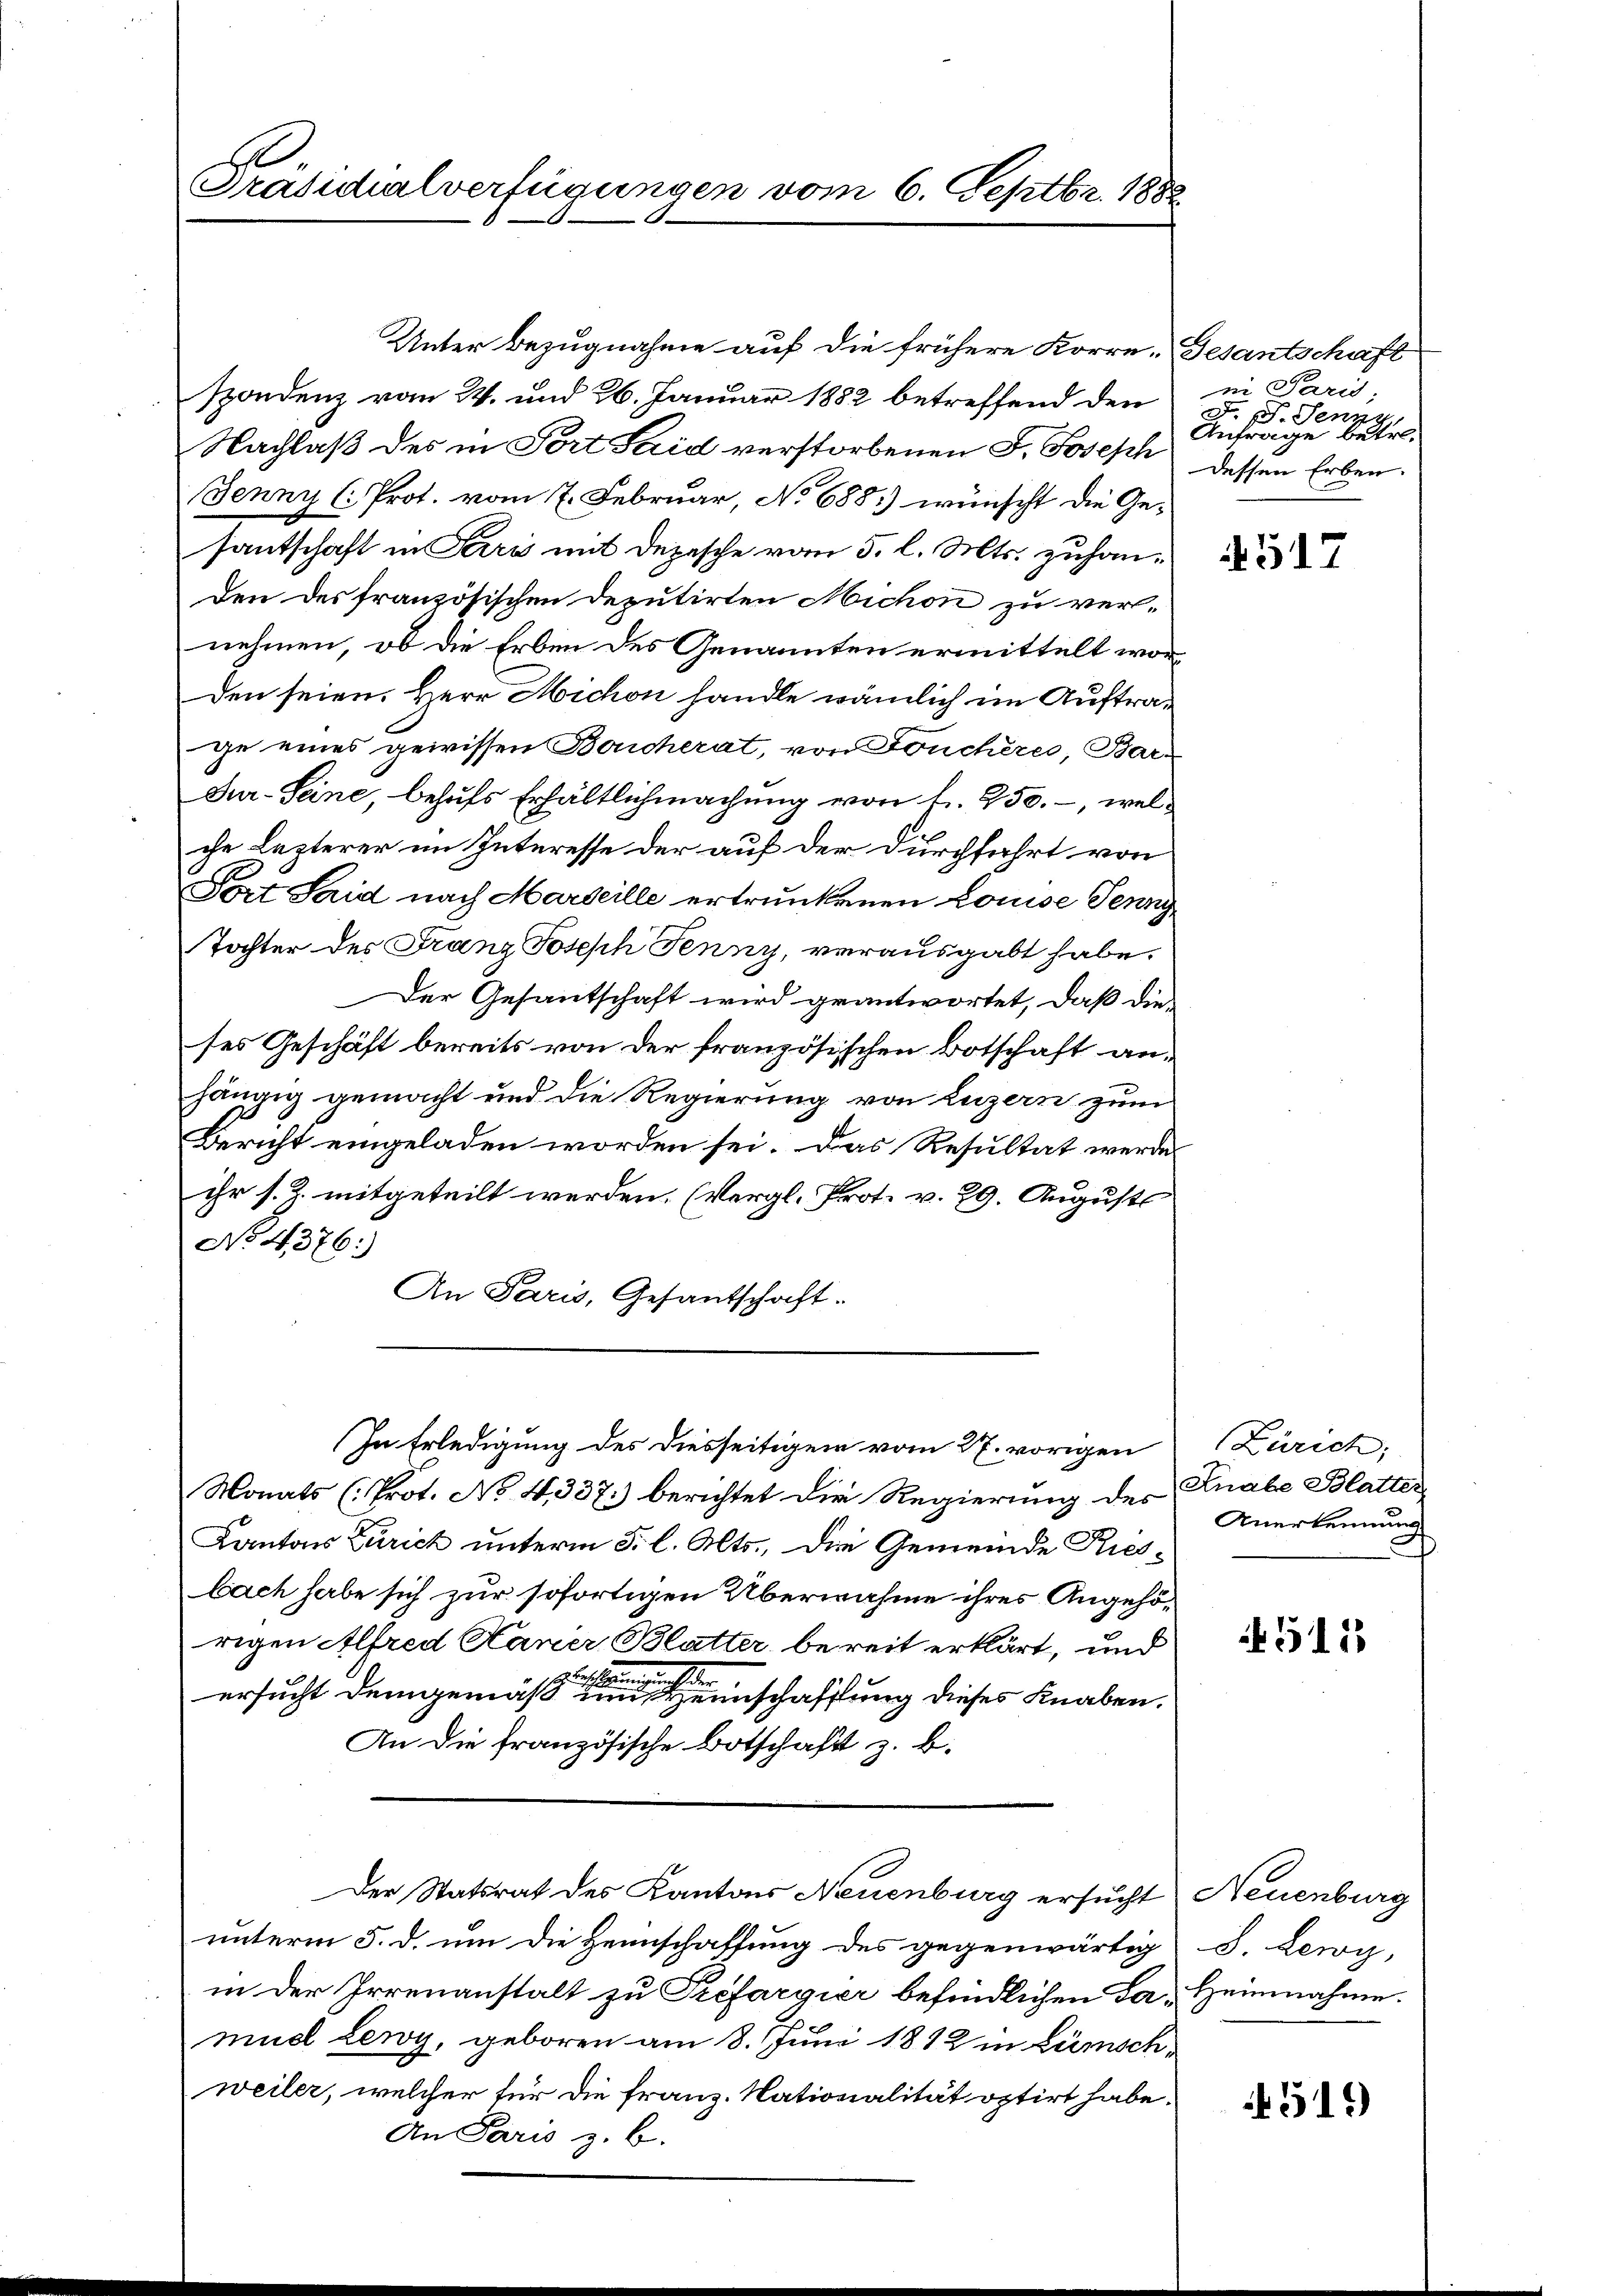
Präsidialverfügungen vom 6. Septbr. 1882

Unter Bezugnahme auf die frühere Korre-Gesantschaft
spondenz vom 24. und 26. Januar 1882 betreffend den
Nachlaß des in Sort Said verstorbenen J. Joseph
Jenny (: Prot. vom 7. Februar, No 688.) wünscht die Ge-
santschaft in Terris mit Depesche vom 5. l. Mts. zuhanden des französischen Deputirten Michon zu ver-
nehmen, ob die Erben des Genannten ermittelt worden seien. Herr Michon handle wämlich im Auftrage eines gewissen Borcherat, von Fonchères, Bar-
dur Seine, behufs Erhältlichmachung von f. 950. –, welche Lezterer im Interesse der auf der Durchfahrt von
Fort Said nach Marseille ertrunkenen Louise Jenny
Tochter des Franz Joseph Fenny, verausgabt habe.
Der Gesantschaft wird geantwortet, daß die
ses Geschäft bereits von der französischen Botschaft anhängig gemacht und die Regierung von Luzern zum
Bericht eingeladen worden sei. Das Resultat werde
ihr s. Z. mitgeteilt werden. (Vergl. Prot. v. 29. Augusts
No. 4376:
An Paris, Gesantschaft.
In Erledigung des diesseitigen vom 27. vorigen
Monats (Prot. No 4337.) berichtet die Regierung des Knabe Blattes
Kantons Zürich unterm 3. l. Mts., die Gemeinde Riesbach habe sich zur sofortigen Übernahme ihres Angehörigen Alfred Haner Blatter bereit erklärt, und
H. Re
der
ersucht demgemäß einen einschaffung dieses Knaben.
An die französische Botschaft z. B.
Der Statsrat des Kantons Neuenburg ersucht Neuenburg
unterm 5. d. um die Heimschaffung des gegenwärtig S. Lewy,
in der Irrenanstalt zu Préfargier befindlichen Ja, Heinnahme.
muel Lewy, geboren am 8. Juni 1812 in Lümschweiler, welcher für die Franz. Nationalität optirt habe.
An Paris z. B.

in Paris;
F. J. Jenny
Anfrage betr.
dessen Erben.

4517

Zürich;
Anerkennung
7

511

451.